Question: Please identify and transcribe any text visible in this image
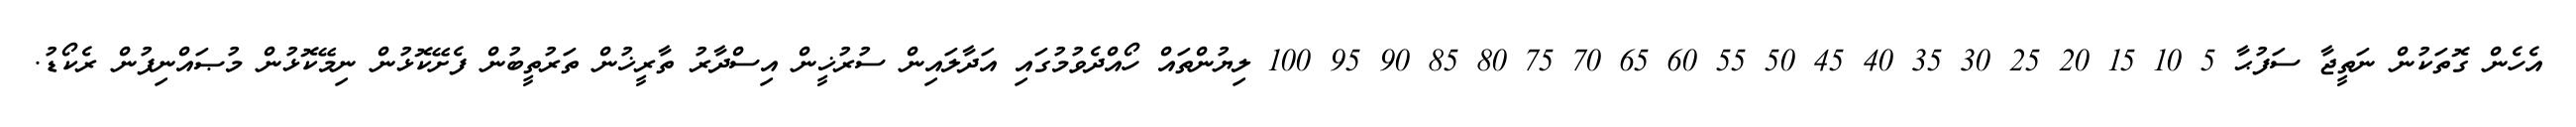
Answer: އެހެން ގޮތަކުން ނަތީޖާ ސަފުޙާ 5 10 15 20 25 30 35 40 45 50 55 60 65 70 75 80 85 90 95 100 ލިޔުންތައް ހޯއްދެވުމުގައި އަދާލައިން ސުރުޚީން އިސްދާރު ތާރީޚުން ތަރުތީބުން ފެށޭކޮޅުން ނިމޭކޮޅުން މުޞައްނިފުން ރެކޯޑު.